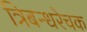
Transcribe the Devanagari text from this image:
त्रिबन्धरेचक